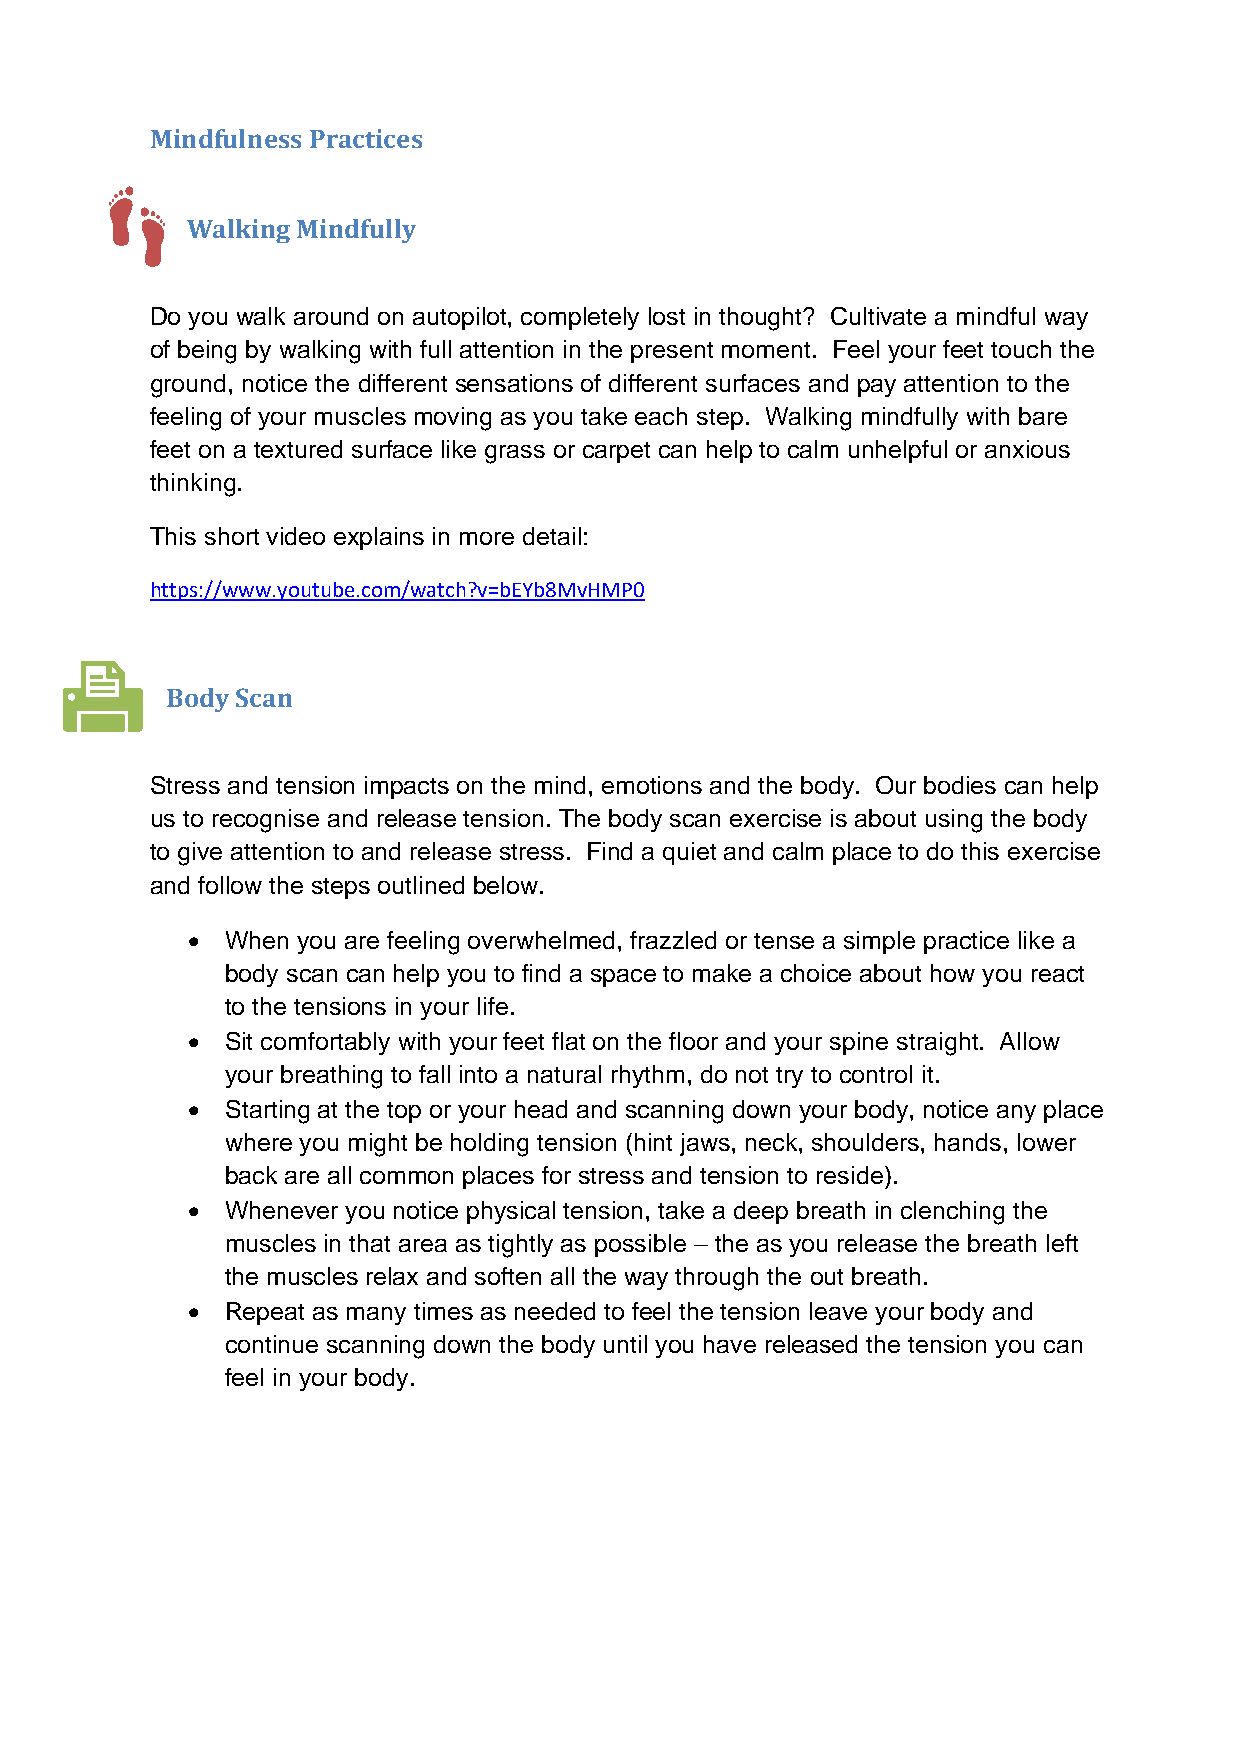
Mindfulness Practices
 Walking Mindfully
 Do you walk around on autopilot, completely lost in thought? Cultivate a mindful way
 of being by walking with full attention in the present moment. Feel your feet touch the
 ground, notice the different sensations of different surfaces and pay attention to the
 feeling of your muscles moving as you take each step. Walking mindfully with bare
 feet on a textured surface like grass or carpet can help to calm unhelpful or anxious
 thinking.
 This short video explains in more detail:
 https://www.youtube.com/watch?v=bEYb8MvHMP0
 Body Scan
 Stress and tension impacts on the mind, emotions and the body. Our bodies can help
 us to recognise and release tension. The body scan exercise is about using the body
 to give attention to and release stress. Find a quiet and calm place to do this exercise
 and follow the steps outlined below.
 •  When you are feeling overwhelmed, frazzled or tense a simple practice like a
 body scan can help you to find a space to make a choice about how you react
 to the tensions in your life.
 •  Sit comfortably with your feet flat on the floor and your spine straight. Allow
 your breathing to fall into a natural rhythm, do not try to control it.
 •  Starting at the top or your head and scanning down your body, notice any place
 where you might be holding tension (hint jaws, neck, shoulders, hands, lower
 back are all common places for stress and tension to reside).
 •  Whenever you notice physical tension, take a deep breath in clenching the
 muscles in that area as tightly as possible – the as you release the breath left
 the muscles relax and soften all the way through the out breath.
 •  Repeat as many times as needed to feel the tension leave your body and
 continue scanning down the body until you have released the tension you can
 feel in your body.